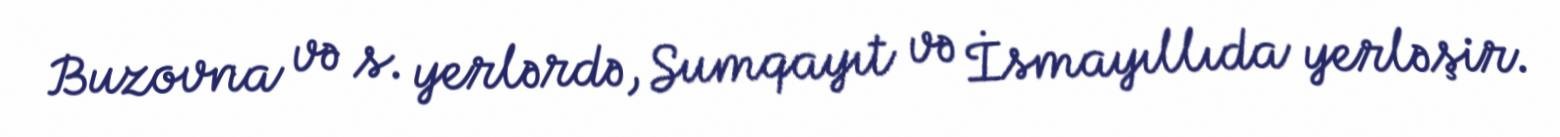
Buzovna və s. yerlərdə, Sumqayıt və İsmayıllıda yerləşir.